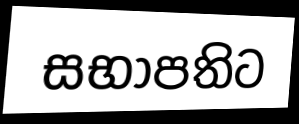
සභාපතිට